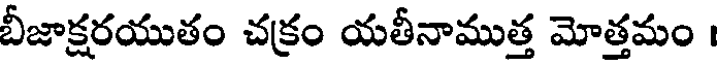
బీజాక్షరయుతం చక్రం యతీనాముత్త మోత్తమం ।